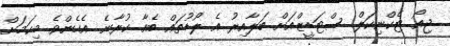
ޖިއޯ ޓެކްނިކަލް ސްޓަޑީޒްއަށް ބަލާއިރު އެ ލޯޑުތައް ބެއާ ކުރާނެ. އެހެންވެ މިކަމަށް